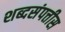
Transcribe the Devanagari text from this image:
शब्दसंपत्तीस